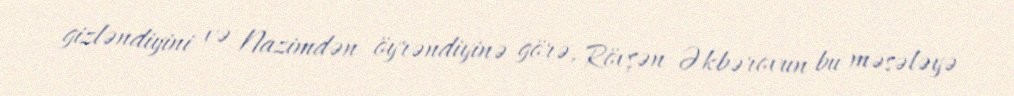
gizləndiyini və Nazimdən öyrəndiyinə görə, Rövşən Əkbərovun bu məsələyə